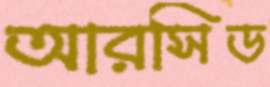
আরসিড